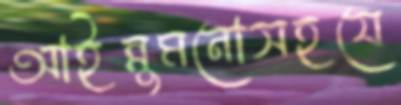
আইন্নুমনোসহযে